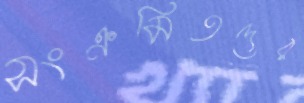
সংক্রমিতদের